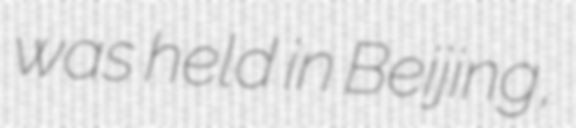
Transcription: was held in Beijing,